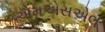
એમએસએલ